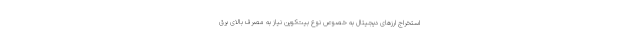
استخراج ارزهای دیجیتال به خصوص نوع بیت‌کوین نیاز به مصرف بالای برق